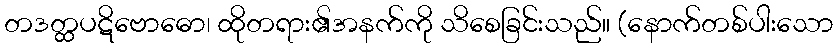
တဒတ္ထပဋိဗောဓော၊ ထိုတရား၏အနက်ကို သိစေခြင်းသည်။ (နောက်တစ်ပါးသော